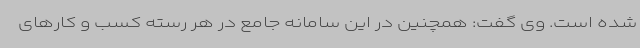
شده است. وی گفت: همچنین در این سامانه جامع در هر رسته کسب‌ و کارهای